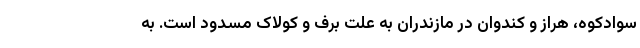
سوادکوه، هراز و کندوان در مازندران به علت برف و کولاک مسدود است. به